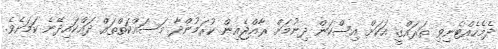
ދެމެހެެއްޓެނިވި ތަރައްގީ އަކަށް އިސްކަން ދިނުމަށް ރާއްޖެއިން ކުރަމުންދާ މަސައްކަތްތައް ދައްކައިދޭނެ ކަމަށެވެ.